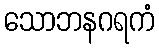
သောဘနဂရကံ